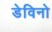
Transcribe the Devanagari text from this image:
डेविनो